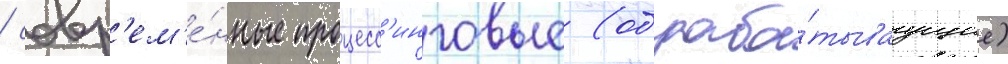
/ совр'ем'е́нные процесс'инговые (обраба́тываущие)